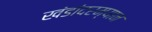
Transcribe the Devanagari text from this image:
खंडांदरम्यान